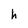
Character: h